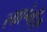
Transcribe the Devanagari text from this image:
लाएंगी।